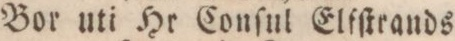
Bor uti Hr Conſul Elfſtrands